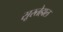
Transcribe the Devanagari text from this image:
सूरतेहाल